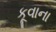
કૂવાના